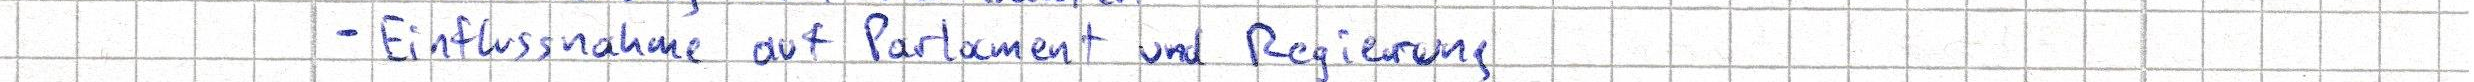
- Einflussnahme auf Parlament und Regierung